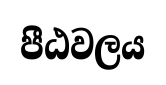
පීඨවලය